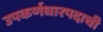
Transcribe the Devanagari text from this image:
उपकर्णधारपदाची